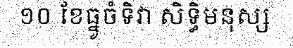
១០ ខែធ្នូចំទិវា សិទ្ធិមនុស្ស